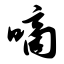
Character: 嘀